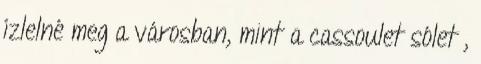
ízlelné meg a városban, mint a cassoulet sólet ,